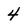
Character: 4